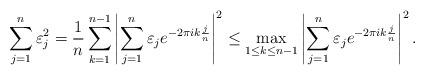
LaTeX: \begin{align*} \sum_{j=1}^{n} \varepsilon_j^2 &= \frac{1}{n} \sum_{k=1}^{n-1} \left| \sum_{j=1}^{n} \varepsilon_j e^{-2 \pi i k \frac{j}{n} } \right|^2 \leq \max_{1 \leq k \leq n-1} \left| \sum_{j=1}^{n} \varepsilon_j e^{-2 \pi i k \frac{j}{n} } \right|^2.\end{align*}